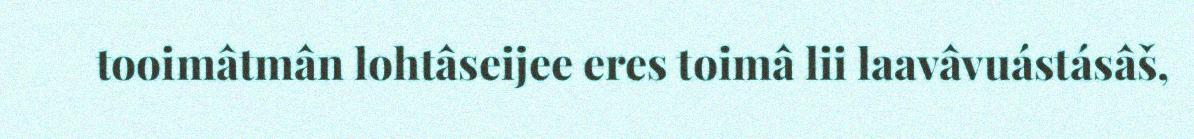
tooimâtmân lohtâseijee eres toimâ lii laavâvuástásâš,